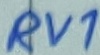
Text: RV1